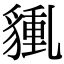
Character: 𧳿